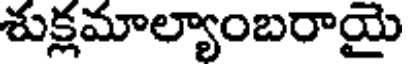
శుక్లమాల్యాంబరాయై